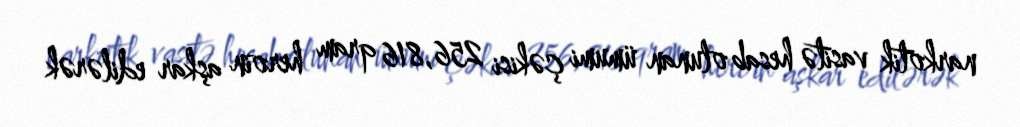
narkotik vasitə hesab olunan ümumi çəkisi 256,816 qram heroin aşkar edilərək